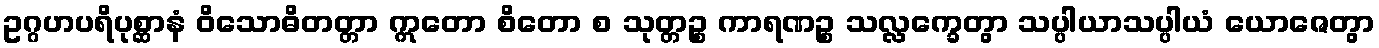
ဥဂ္ဂဟပရိပုစ္ဆာနံ ဝိသောဓိတတ္တာ ဣတော စိတော စ သုတ္တဉ္စ ကာရဏဉ္စ သလ္လက္ခေတွာ သပ္ပါယာသပ္ပါယံ ယောဇေတွာ